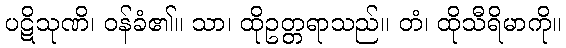
ပဋိသုဏိ၊ ဝန်ခံ၏။ သာ၊ ထိုဥတ္တရာသည်။ တံ၊ ထိုသီရိမာကို။